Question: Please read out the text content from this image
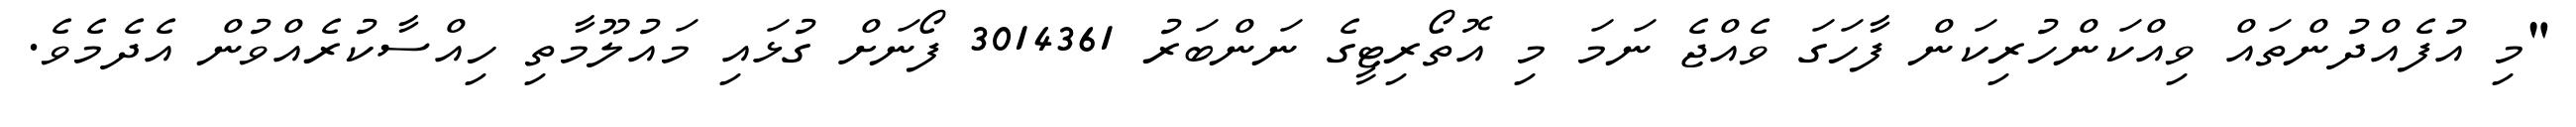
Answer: "މި އުފެއްދުންތައް ވިއްކަންހުރިކަން ފާހަގަ ވެއްޖެ ނަމަ މި އޮތޯރިޓީގެ ނަންބަރު 3014361 ފޯނަށް ގުޅައި މައުލޫމާތި ހިއްސާކުރެއްވުން އެދެމެވެ.